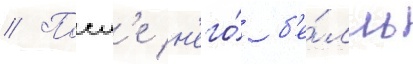
// Посл'е н'его́ б'е́лль